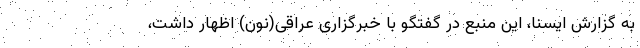
به گزارش ایسنا، این منبع در گفتگو با خبرگزاری عراقی(نون) اظهار داشت،